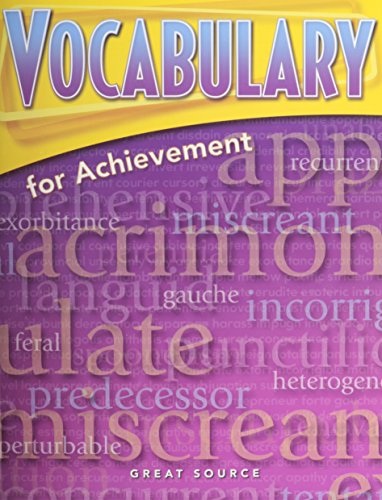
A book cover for Vocabulary for Achievement: Student Edition Fourth Course; GREAT SOURCE; Teen & Young Adult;